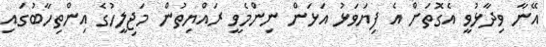
އޭނާ ވިދާޅުވީ އެގޮތަށް އެ ފިޔަވަޅު އަޅަން ނިންމެވީ ރައްޔިތުން މަޖިލީހުގެ އިންތިހާބުގައި